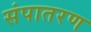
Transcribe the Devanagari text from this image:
संपातरण